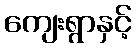
ကျေးရွာနှင့်